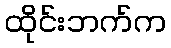
ထိုင်းဘက်က